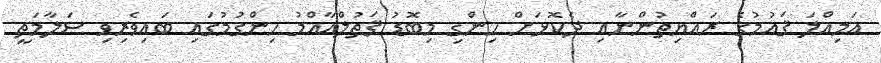
އަމިއްލަ ޤައުމުގެ ރައްޔިތުންނާއި ދެކޮޅަށް ހިންގި މިބޮޑު ޤަތުލްއާއްމު ހިންގުމުގައި ބައިވެރިވި ސަލާމަތީ